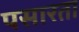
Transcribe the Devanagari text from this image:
पसारता